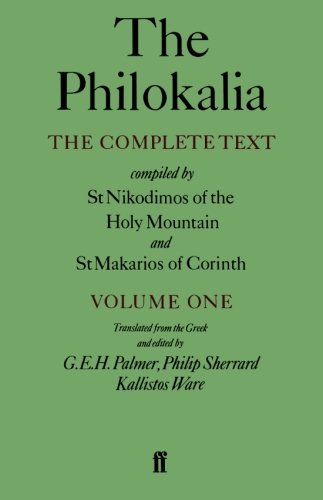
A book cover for The Philokalia: The Complete Text (Vol. 1); Compiled by St. Nikodimos of the Holy Mountain and St. Markarios of Corinth; Christian Books & Bibles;